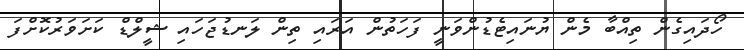
ހޯދައިގެން ތިއްބާ މެން ޔުނައިޓެޑުންވަނީ ފަހަތުން އަރައި ތިން ލަނޑުޖަހައި ޝީލްޑް ކަށަވަރުކޮށްފަ